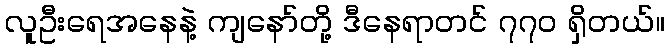
လူဦးရေအနေနဲ့ ကျနော်တို့ ဒီနေရာတင် ၇၇၀ ရှိတယ်။